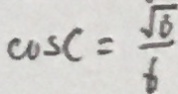
\cos C = \frac { \sqrt { 6 } } { 6 }